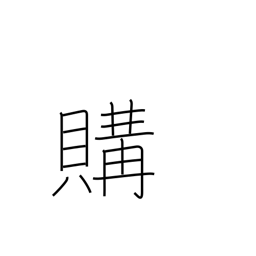
Meaning: buy